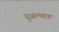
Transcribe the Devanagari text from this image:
युआन्च्वाङ